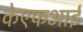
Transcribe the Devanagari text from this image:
केएफआई